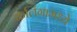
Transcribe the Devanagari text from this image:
कलिंगामध्ये